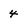
Character: 4